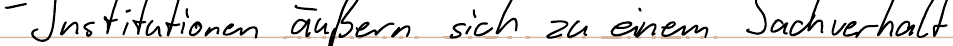
- Institutionen äußern sich zu einem Sachverhalt